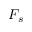
F _ { s }